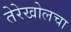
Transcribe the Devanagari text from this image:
तेरेखोलचा